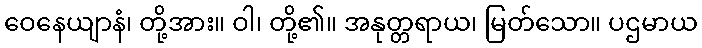
ဝေနေယျာနံ၊ တို့အား။ ဝါ၊ တို့၏။ အနုတ္တရာယ၊ မြတ်သော။ ပဌမာယ